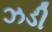
ઝડી